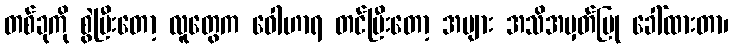
တစ်ခုကို စွဲပြီးတော့ လူတွေက ဝေါဟာရ တင်ပြီးတော့ အများ အသိအမှတ်ပြု ခေါ်ထားတာ၊